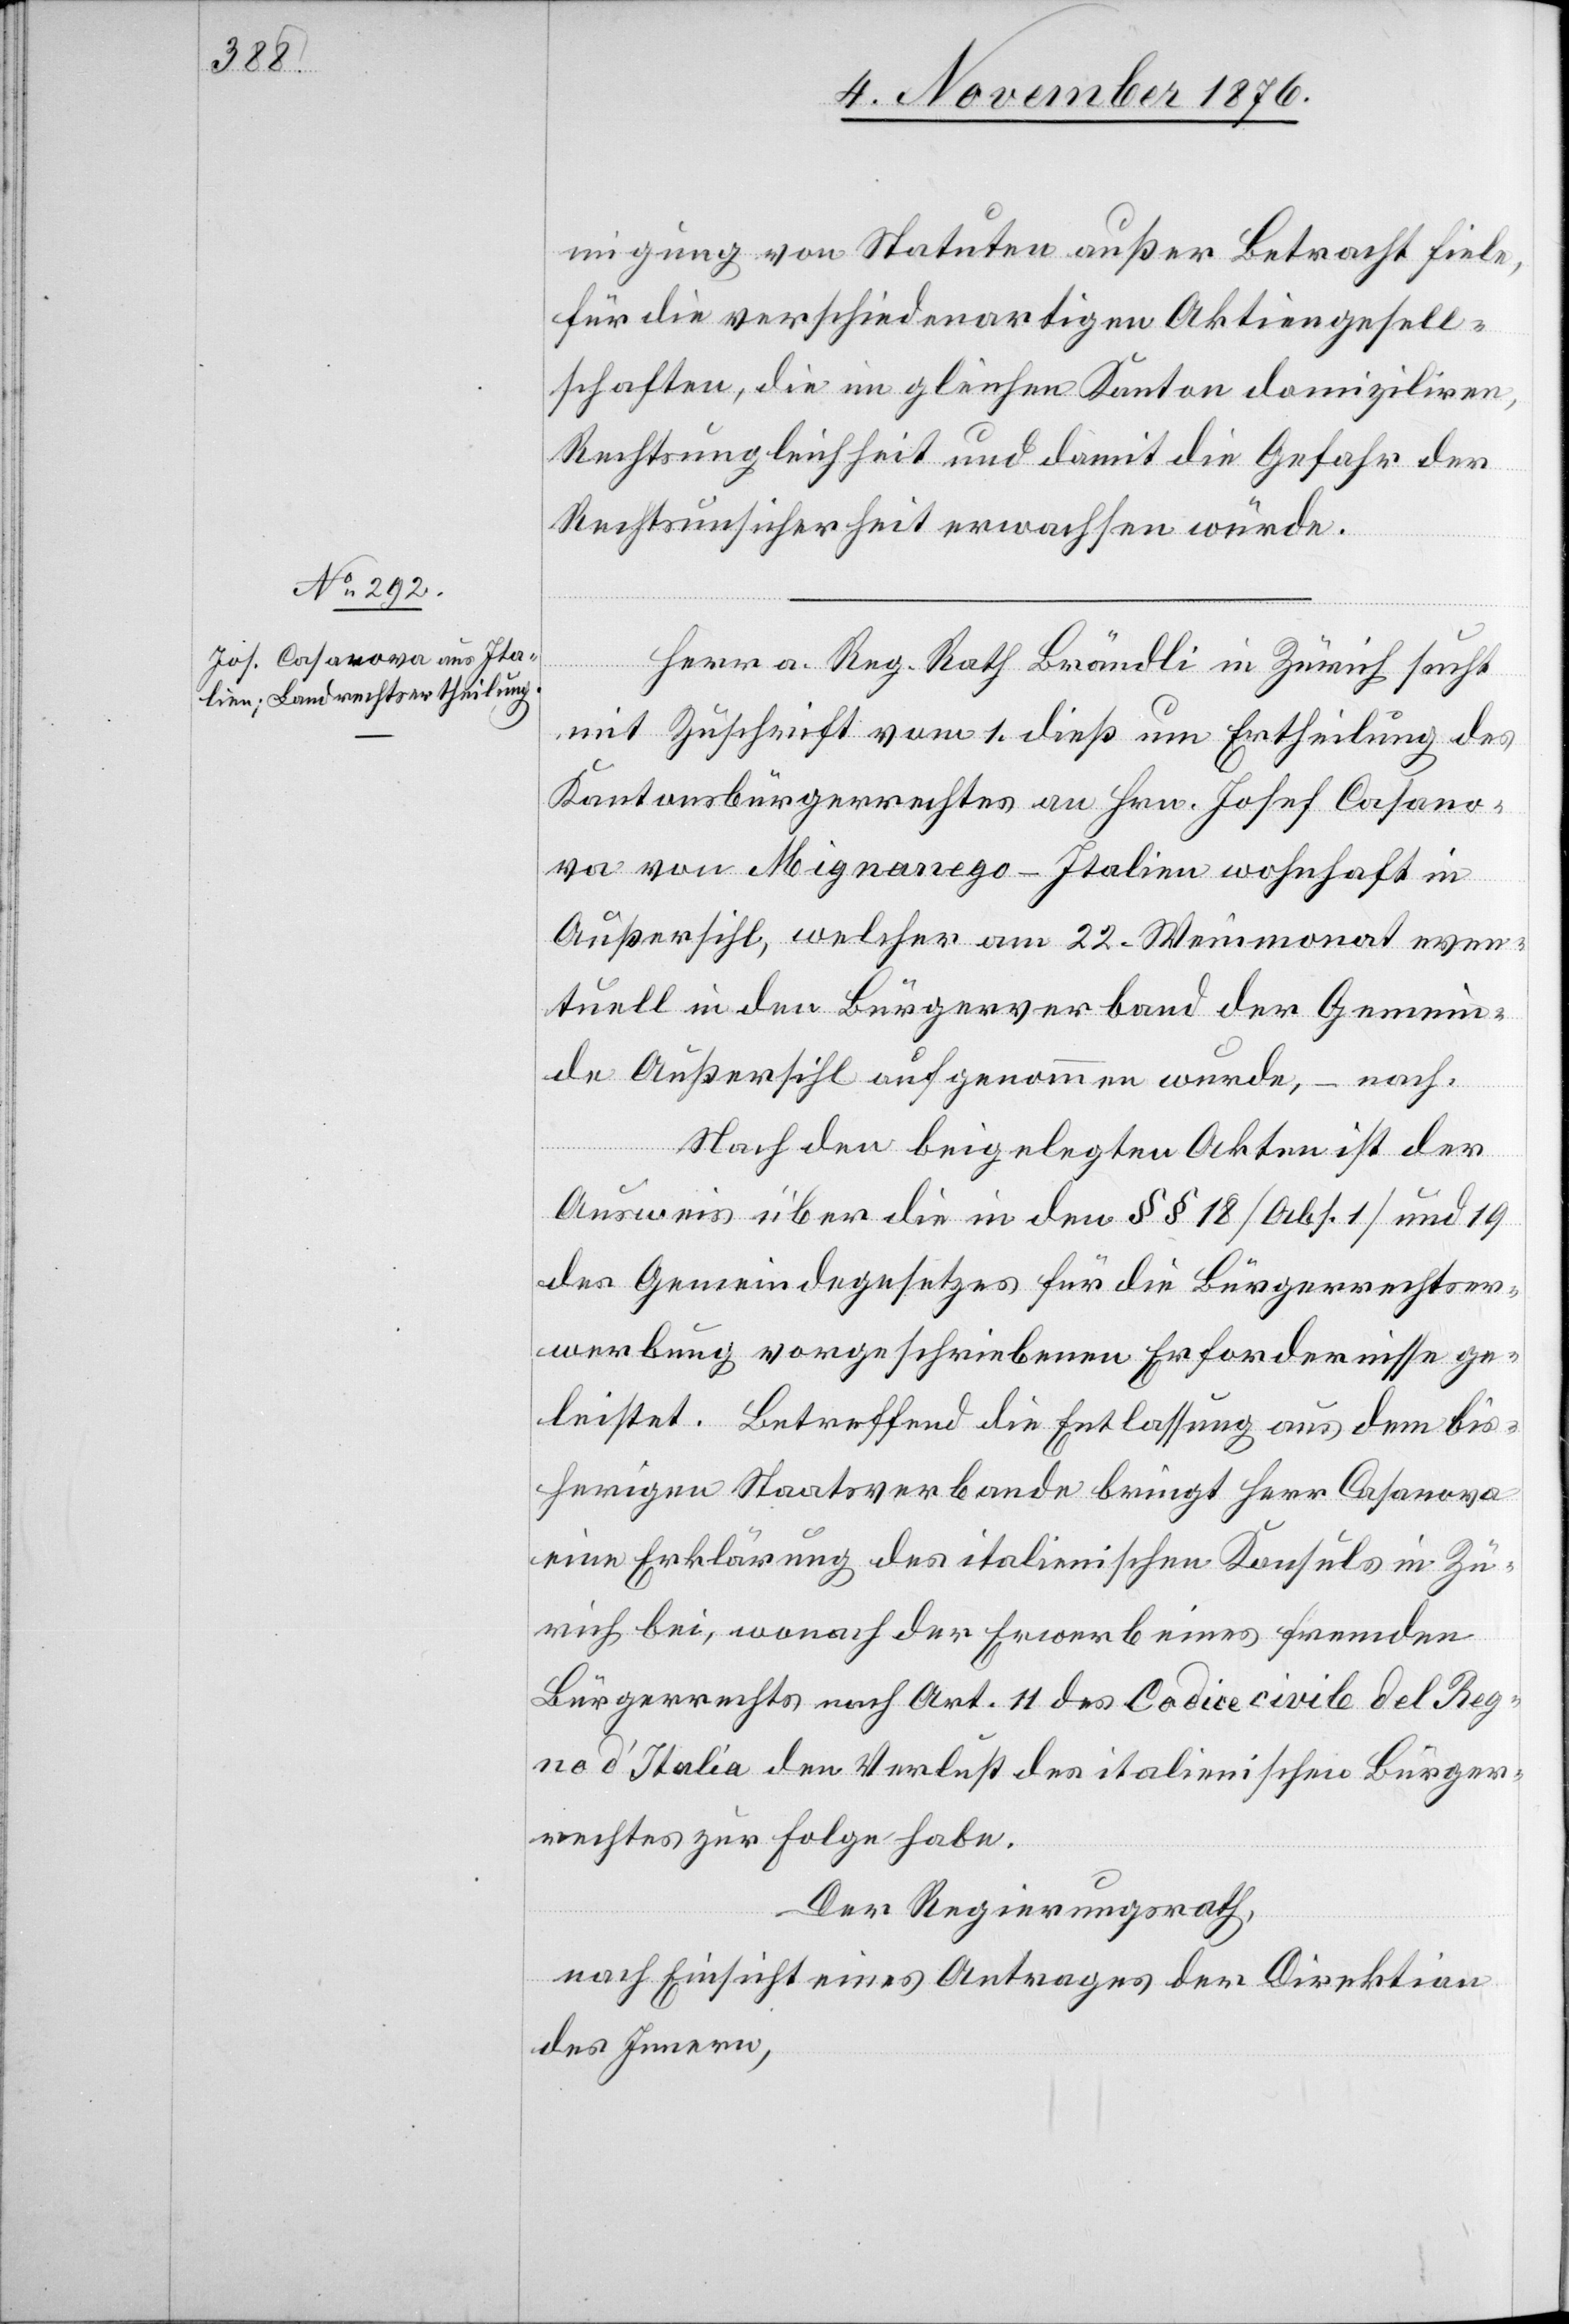
migung von Statuten außer Betracht fiele,
für die verschiedenartigen Aktiengesell¬
schaften, die im gleichen Kanton domiziliren,
Rechtsgleichheit und damit die Gefahr der
Rechtsunsicherheit erwachsen würde.
Herr a. Reg. Rath Brändli in Zürich sucht
mit Zuschrift vom 1. dieß um Ertheilung des
Kantonsbürgerrechtes an Hrn. Josef Casano¬
va von Mignanego - Italien wohnhaft in
Außersihl, welcher am 22. Weinmonat even¬
tuell in den Bürgerverband der Gemein¬
de Außersihl aufgenommen wurde, – nach.
Nach den beigelegten Akten ist der
Ausweis über die in den §§ 18 [Abs. 1] und 19
des Gemeindegesetzes für die Bürgerrechtser¬
werbung vorgeschriebenen Erfordernisse ge¬
leistet. Betreffend die Entlassung aus dem bis¬
herigen Staatsverbande bringt Herr Casanova
eine Erklärung des italienischen Konsuls in Zü¬
rich bei, wonach der Erwerb eines fremden
Bürgerrechtes nach Art. 11 des Codice civile del Reg¬
no d’Italia den Verlust des italienischen Bürger¬
rechtes zur Folge habe.
Der Regierungsrath,
nach Einsicht eines Antrages der Direktion
des Innern,